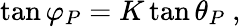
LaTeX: \tan{\varphi_{P}}=\displaystyle K\tan{\theta_{P}}~,